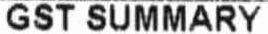
GST SUMMARY